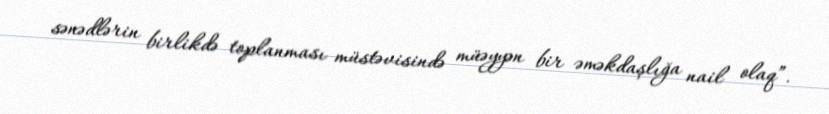
sənədlərin birlikdə toplanması müstəvisində müəyyən bir əməkdaşlığa nail olaq”.